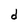
Character: d